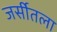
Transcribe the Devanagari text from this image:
जर्सीतला